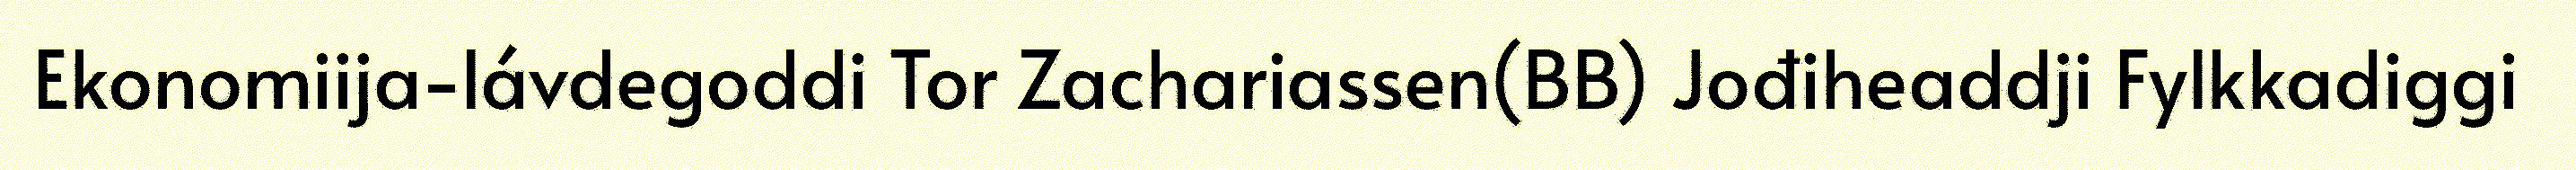
Ekonomiija-lávdegoddi Tor Zachariassen(BB) Jođiheaddji Fylkkadiggi